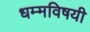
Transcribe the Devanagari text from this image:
धम्मविषयी